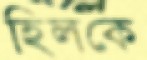
হিলকে